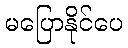
မပြောနိုင်ပေ